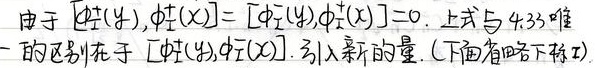
由于 \([\phi^+(y),\phi^+(x)] = [\phi^-(y),\phi^-(x)] = 0\)。上式与 \(4.35\) 唯一的区别在于 \([\phi^+(y),\phi^-(x)]\)。引入新的量。(下面省略下标 \(T\))